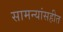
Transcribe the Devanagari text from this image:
सामन्यांसहीत